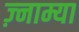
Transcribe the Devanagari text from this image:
ज़्नाम्या